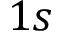
1 s